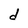
Character: d